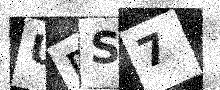
Text: URS7